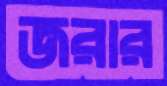
জরার